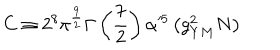
C \equiv 2 ^ { 8 } \pi ^ { \frac { 9 } { 2 } } \Gamma \left( { \frac { 7 } { 2 } } \right) \alpha ^ { 5 } \left( g _ { Y M } ^ { 2 } N \right)